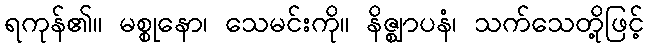
ရကုန်၏။ မစ္စုနော၊ သေမင်းကို။ နိဇ္ဈာပနံ၊ သက်သေတို့ဖြင့်